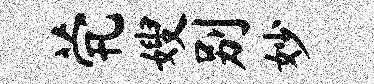
茕嫂别妙